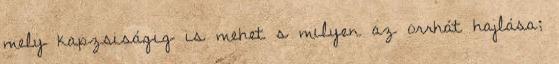
mely kapzsiságig is mehet s milyen az orrhát hajlása;